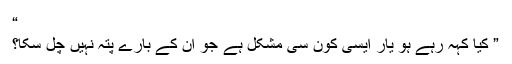
“
” کیا کہہ رہے ہو یار ایسی کون سی مشکل ہے جو ان کے بارے پتہ نہیں چل سکا؟